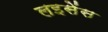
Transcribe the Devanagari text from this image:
लइसेंस